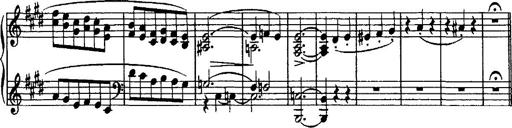
Title: Valse mÃ©lancolique
Composer: Paul Vidal
Key: F-sharp minor